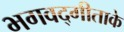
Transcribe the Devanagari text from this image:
भगवद्गीताके